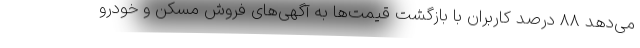
می‌دهد ۸۸ درصد کاربران با بازگشت قیمت‌ها به آگهی‌های فروش مسکن و خودرو